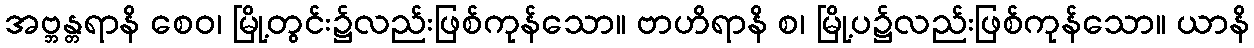
အဗ္ဘန္တရာနိ စေဝ၊ မြို့တွင်း၌လည်းဖြစ်ကုန်သော။ ဗာဟိရာနိ စ၊ မြို့ပ၌လည်းဖြစ်ကုန်သော။ ယာနိ